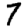
Digit: 7